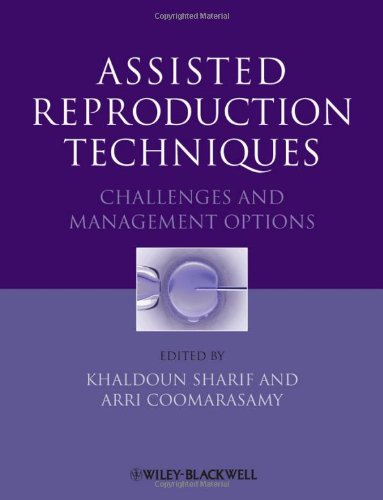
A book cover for Assisted Reproduction Techniques: Challenges and Management Options; Parenting & Relationships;